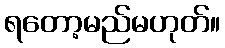
ရတော့မည်မဟုတ်။